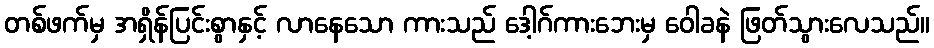
တစ်ဖက်မှ အရှိန်ပြင်းစွာနှင့် လာနေသော ကားသည် ဒေါ့ဂ်ကားဘေးမှ ဝေါခနဲ ဖြတ်သွားလေသည်။